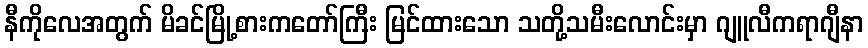
နီကိုလေအတွက် မိခင်မြို့စားကတော်ကြီး မြင်ထားသော သတို့သမီးလောင်းမှာ ဂျူလီကရာဂျီနာ